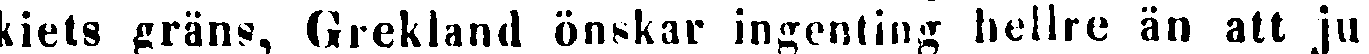
kiets gräns, Grekland önskar ingenting hellre än att ju